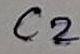
Text: C2